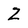
Character: Z